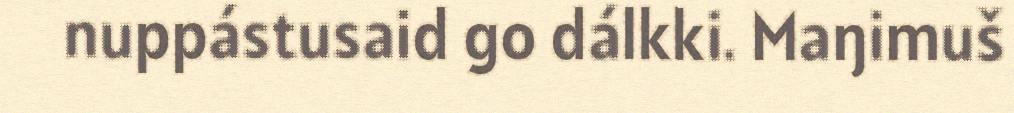
nuppástusaid go dálkki. Maŋimuš